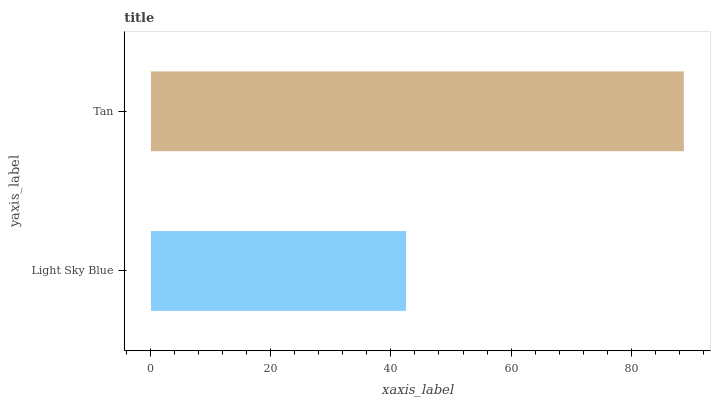
| yaxis_label | bars |
 | --- | --- |
 | Light Sky Blue | 42.5 |
 | Tan | 88.8 |